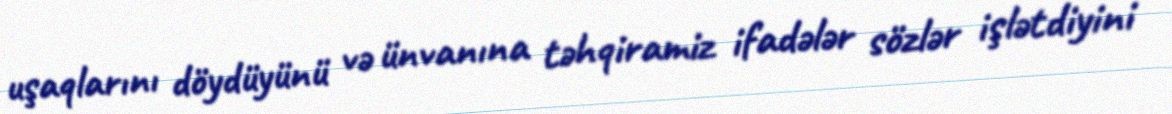
uşaqlarını döydüyünü və ünvanına təhqiramiz ifadələr sözlər işlətdiyini